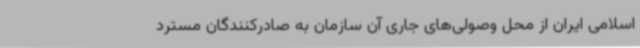
اسلامی ایران از محل وصولی‌های جاری آن سازمان به صادرکنندگان مسترد